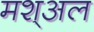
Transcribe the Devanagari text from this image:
मश्अल